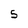
Character: 5